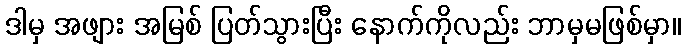
ဒါမှ အဖျား အမြစ် ပြတ်သွားပြီး နောက်ကိုလည်း ဘာမှမဖြစ်မှာ။